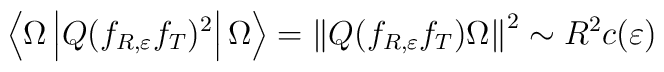
\left\langle \Omega\left|  Q(f_{R,\varepsilon}f_{T})^{2}\right|\Omega\right\rangle =\left\|  Q(f_{R,\varepsilon}f_{T})\Omega\right\|^{2}\sim R^{2}c(\varepsilon)